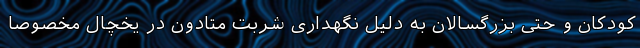
کودکان و حتی بزرگسالان به دلیل نگهداری شربت متادون در یخچال مخصوصاً